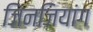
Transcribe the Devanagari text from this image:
जिनजियांग